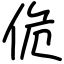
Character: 佹